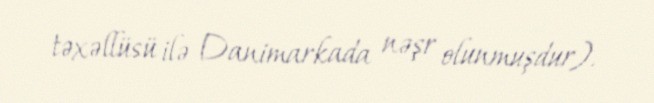
təxəllüsü ilə Danimarkada nəşr olunmuşdur).